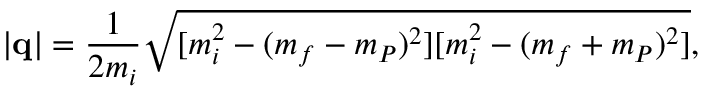
\vert { \bf q } \vert = \frac { 1 } { 2 m _ { i } } { \sqrt { [ m _ { i } ^ { 2 } - ( m _ { f } - m _ { P } ) ^ { 2 } ] [ m _ { i } ^ { 2 } - ( m _ { f } + m _ { P } ) ^ { 2 } ] } } ,